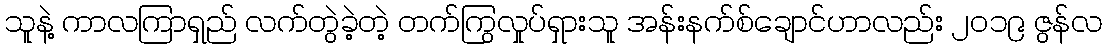
သူနဲ့ ကာလကြာရှည် လက်တွဲခဲ့တဲ့ တက်ကြွလှုပ်ရှားသူ အန်းနက်စ်ချောင်ဟာလည်း ၂၀၁၉ ဇွန်လ